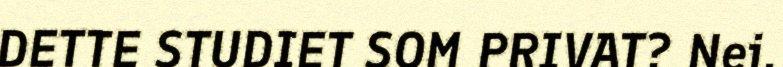
DETTE STUDIET SOM PRIVAT? Nei.